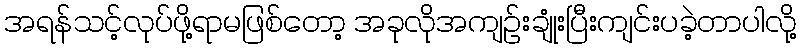
အရန်သင့်လုပ်ဖို့ရာမဖြစ်တော့ အခုလိုအကျဉ်းချုံးပြီးကျင်းပခဲ့တာပါလို့